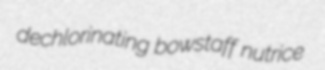
dechlorinating bowstaff nutrice